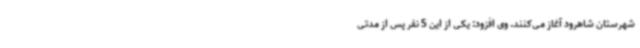
شهرستان شاهرود آغاز می‌کنند. وی افزود: یکی از این 5 نفر پس از مدتی